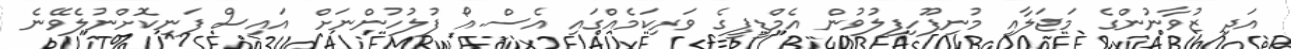
އަދި ޒުވާނުންގެ މަޖަލާއި މުނިފޫހިފިލުވުން އެމްޑީޕީގެ ވަރިކަމެއްގައި އެސް.އޯ ފުލުހުންނަށް އައިސް ފަނިކޮށްނުލެވޭނެ